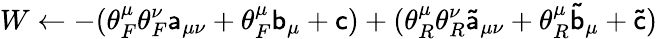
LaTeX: W\gets-(\theta_{F}^{\mu}\theta_{F}^{\nu}\mathsf{a}_{\mu\nu}+\theta_{F}^{\mu}\mathsf{b}_{\mu}+\mathsf{c})+(\theta_{R}^{\mu}\theta_{R}^{\nu}\mathsf{\tilde{a}}_{\mu\nu}+\theta_{R}^{\mu}\mathsf{\tilde{b}}_{\mu}+\mathsf{\tilde{c}})